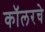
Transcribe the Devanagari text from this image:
कॉलरचे